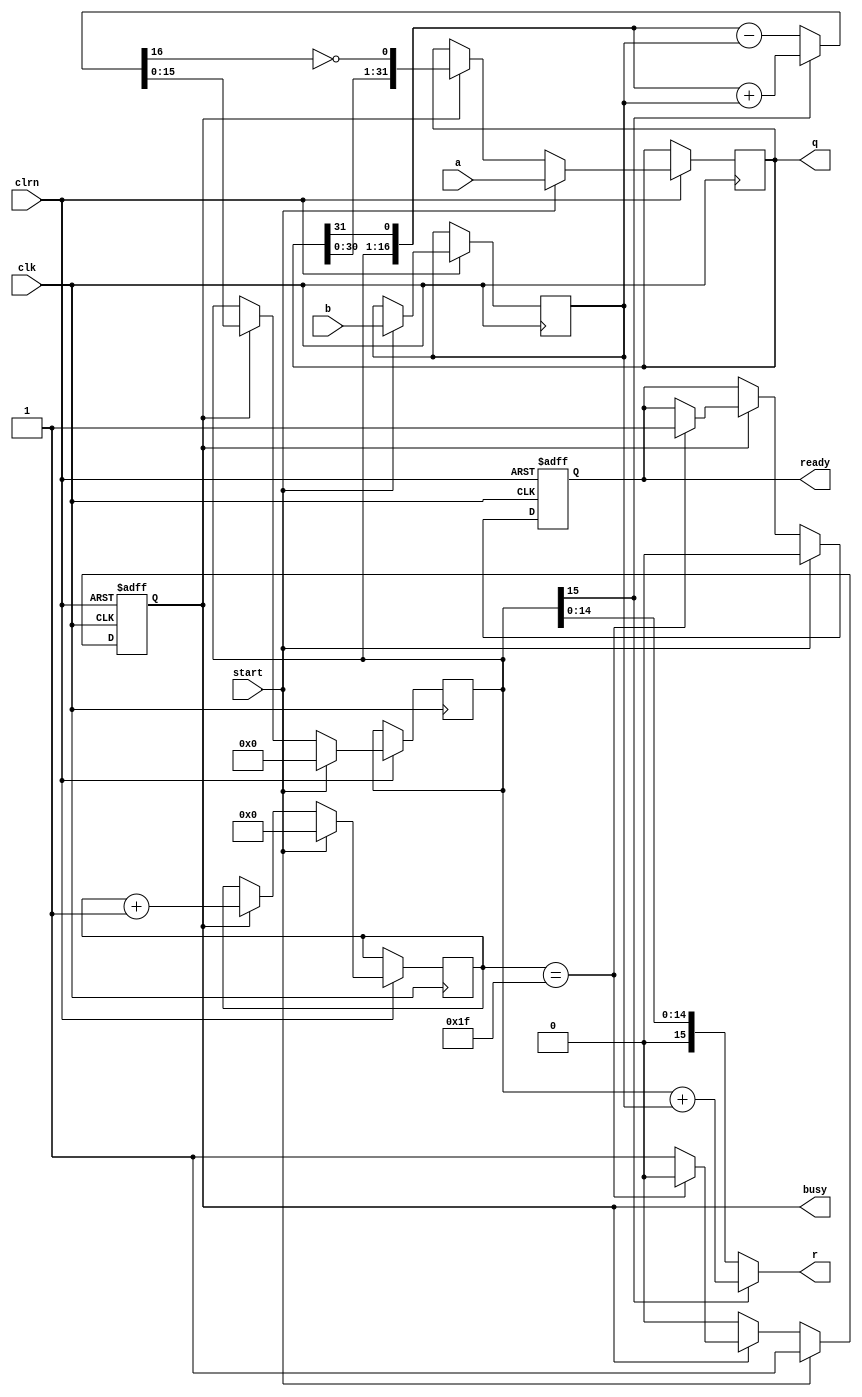
//////////////////////////////////////////////////////////////////////////////////
// Module Name: Non-Restoring Division Algorithm Module
// Description: Calculates A/B = B.Q + R
// Revision:
// 28.05.2020 -> Revision 0.01 - Created (Validated)
//////////////////////////////////////////////////////////////////////////////////

`timescale 1ns / 1ps

module NonRestoringDivision(
    input clk, clrn,    // Clock and Reset
    input [31:0] a,     // Dividend
    input [15:0] b,     // Divisor
    input start,        // Start signal
    output [31:0] q,    // Quotient
    output [15:0] r,    // Remainder
    output reg busy,    // Calculation continues    
    output reg ready);  // Ready 
    
    reg[31:0] reg_q;        // Quotient
    reg[15:0] reg_r, reg_b; // Remainder and divisor
    reg[4:0] count;         // Counter for algorithm
    
    wire[16:0] sub_add = reg_r[15] ? ({reg_r, reg_q[31]} + {1'b0, reg_b}) : ({reg_r, reg_q[31]} - {1'b0, reg_b});
        
    always@(posedge(clk) or negedge(clrn)) begin
        if(!clrn) begin
            busy    <= 0;   // No active calculation
            ready   <= 0;   // No result in output port      
        end else begin
            if(start) begin
                reg_q <= a; // Load Dividend
                reg_b <= b; // Load Divisor
                reg_r <= 0; // Remainder is initially 0
                busy  <= 1; // Calculation started
                ready <= 0; // Module is not ready anymore
                count <= 0; // Counter reset
            end else if(busy) begin
                reg_q <= {reg_q[30:0], ~sub_add[16]};
                reg_r <= sub_add[15:0];
                count <= count + 5'b1;
                
                if(count == 5'h1f) begin
                    busy    <= 0;   // Calculation finished
                    ready   <= 1;   // Result ready
                end
            end
        end
    end
    
    assign q = reg_q;
    assign r = reg_r[15] ? (reg_r + reg_b) : reg_r;
endmodule